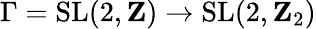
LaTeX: \Gamma=\mathrm{SL}(2,\mathbf{Z})\to\mathrm{SL}(2,\mathbf{Z}_{2})